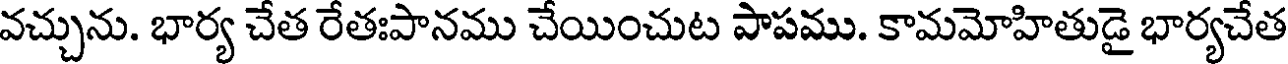
వచ్చును. భార్య చేత రేతఃపానము చేయించుట పాపము. కామమోహితుడై భార్యచేత